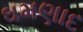
ઘમણાદ